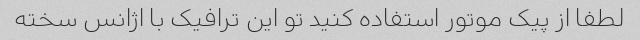
لطفا از پیک موتور استفاده کنید تو این ترافیک با اژانس سخته